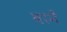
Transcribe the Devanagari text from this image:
बानैं